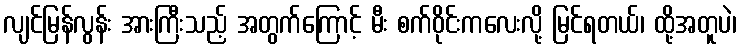
လျင်မြန်လွန်း အားကြီးသည့် အတွက်ကြောင့် မီး စက်ဝိုင်းကလေးလို့ မြင်ရတယ်၊ ထို့အတူပဲ၊